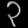
Digit: ၃